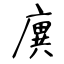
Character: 廙